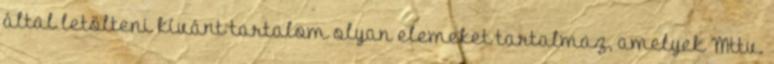
által letölteni kívánt tartalom olyan elemeket tartalmaz, amelyek Mttv.